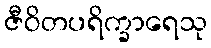
ဇီဝိတပရိက္ခာရေသု